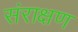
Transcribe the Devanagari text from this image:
संराक्षण